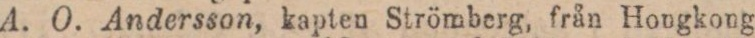
A. O. Andersson, kapten Strömberg, från Hongkong